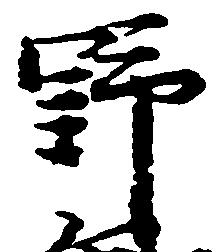
野